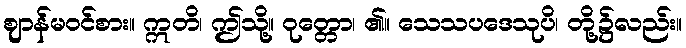
ဈာန်မဝင်စား။ ဣတိ၊ ဤသို့။ ဝုတ္တော၊ ၏။ သေသပဒေသုပိ၊ တို့၌လည်း။